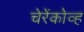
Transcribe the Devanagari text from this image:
चेरेंकोव्ह